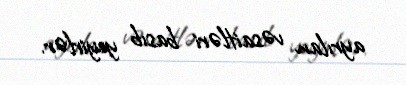
ayrılan vəsaitləri basıb yeyirlər.